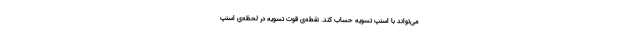
می‌تواند با اسنپ تسویه حساب کند. نقطه‌ی قوت تسویه در لحظه‌ی اسنپ